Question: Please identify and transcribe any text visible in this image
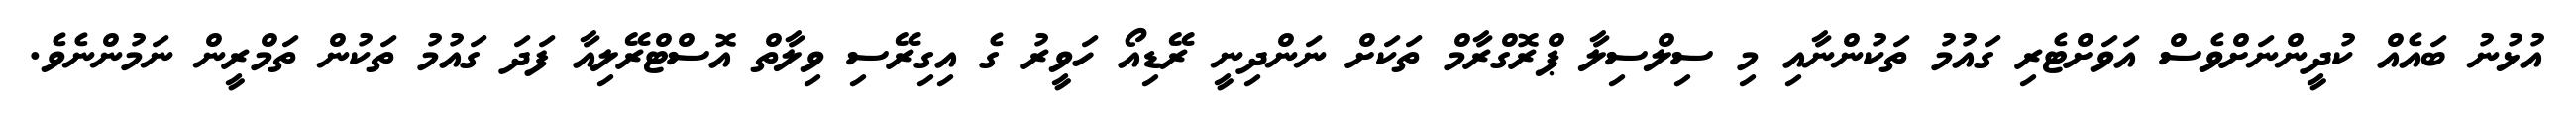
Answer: އުޅުނު ބައެއް ކުދީންނަށްވެސް އަވަށްޓެރި ގައުމު ތަކުންނާއި މި ސިލްސިލާ ޕްރޮގްރާމް ތަކަށް ނަންދިނީ ރޭޑިއޯ ހަވީރު ގެ އިގިރޭސި ވިލާތް އޮސްޓްރޭލިއާ ފަދަ ގައުމު ތަކުން ތަމްރީން ނަމުންނެވެ.